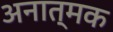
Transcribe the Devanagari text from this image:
अनात्मक